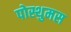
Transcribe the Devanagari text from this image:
पोस्थुमस